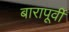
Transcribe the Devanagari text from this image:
बारापूर्वी